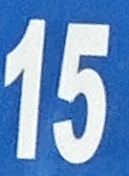
15